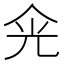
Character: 𠈑